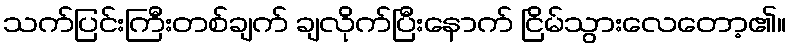
သက်ပြင်းကြီးတစ်ချက် ချလိုက်ပြီးနောက် ငြိမ်သွားလေတော့၏။